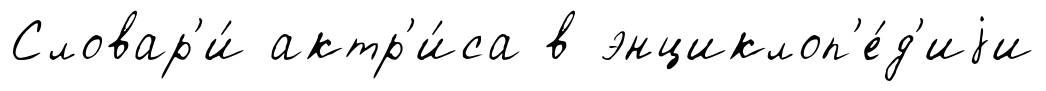
Словар'и́ актр'и́са в энциклоп'е́д'иjи